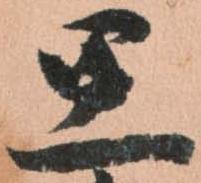
思